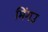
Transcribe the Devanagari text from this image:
मिंगउ